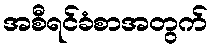
အစီရင်ခံစာအတွက်